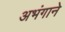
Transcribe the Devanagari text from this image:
अभंगाने